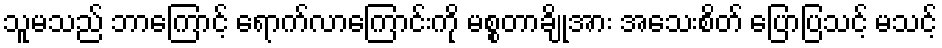
သူမသည် ဘာကြောင့် ရောက်လာကြောင်းကို မစ္စတာချိုအား အသေးစိတ် ပြောပြသင့် မသင့်